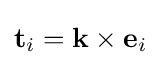
{\textstyle \mathbf {t} _{i}=\mathbf {k} \times \mathbf {e} _{i}}